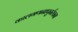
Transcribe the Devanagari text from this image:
कालगणनापुनर्रचना